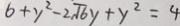
6 + y ^ { 2 } - 2 \sqrt { 6 } y + y ^ { 2 } = 4